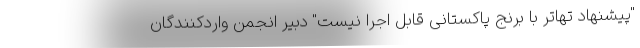
"پیشنهاد تهاتر با برنج پاکستانی قابل اجرا نیست" دبیر انجمن واردکنندگان